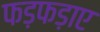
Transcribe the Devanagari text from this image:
फड़फड़ाए